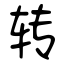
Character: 转